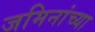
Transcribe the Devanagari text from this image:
जमिनांच्या